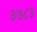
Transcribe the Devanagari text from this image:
३७८३